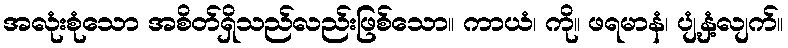
အလုံးစုံသော အစိတ်ရှိသည်လည်းဖြစ်သော။ ကာယံ၊ ကို။ ဖရမာနံ၊ ပျံ့နှံ့လျက်။